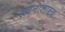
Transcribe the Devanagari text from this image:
रचनाशास्त्र